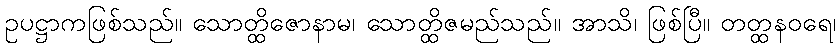
ဥပဋ္ဌာကဖြစ်သည်။ သောတ္ထိဇောနာမ၊ သောတ္ထိဇမည်သည်။ အာသိ၊ ဖြစ်ပြီ။ တတ္ထနဝရေ၊